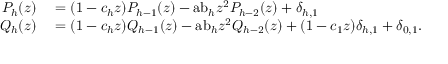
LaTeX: \begin{array} { r l } { P _ { h } ( z ) } & { { } = ( 1 - c _ { h } z ) P _ { h - 1 } ( z ) - { \mathrm { a b } } _ { h } z ^ { 2 } P _ { h - 2 } ( z ) + \delta _ { h , 1 } } \\ { Q _ { h } ( z ) } & { { } = ( 1 - c _ { h } z ) Q _ { h - 1 } ( z ) - { \mathrm { a b } } _ { h } z ^ { 2 } Q _ { h - 2 } ( z ) + ( 1 - c _ { 1 } z ) \delta _ { h , 1 } + \delta _ { 0 , 1 } . } \end{array}